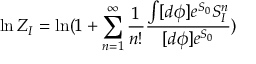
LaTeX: \ln Z _ { I } = \ln ( 1 + \sum _ { n = 1 } ^ { \infty } \frac { 1 } { n ! } \frac { \int [ d \phi ] e ^ { S _ { 0 } } S _ { I } ^ { n } } { [ d \phi ] e ^ { S _ { 0 } } } )